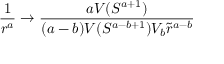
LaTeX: \frac { 1 } { r ^ { a } } \rightarrow \frac { a V ( S ^ { a + 1 } ) } { ( a - b ) V ( S ^ { a - b + 1 } ) V _ { b } \tilde { r } ^ { a - b } }